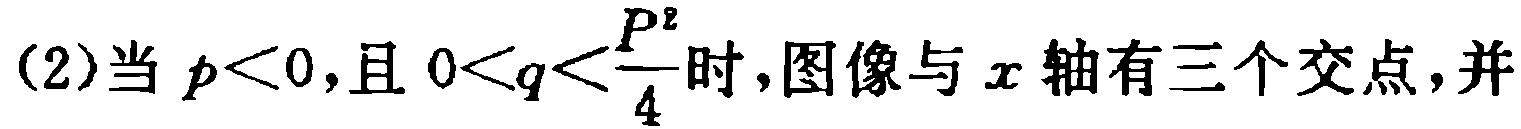
(2)当 \(p<0\)，且 \(0<q<\frac{p^{2}}{4}\) 时，图像与 \(x\) 轴有三个交点，并